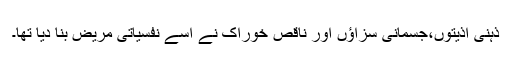
ذہنی اذیتوں،جسمانی سزاؤں اور ناقص خوراک نے اسے نفسیاتی مریض بنا دیا تھا۔